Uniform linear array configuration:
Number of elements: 4
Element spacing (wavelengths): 0.25
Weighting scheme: kaiser
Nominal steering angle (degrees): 30
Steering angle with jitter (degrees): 29.186
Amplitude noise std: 0.05
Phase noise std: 0.05

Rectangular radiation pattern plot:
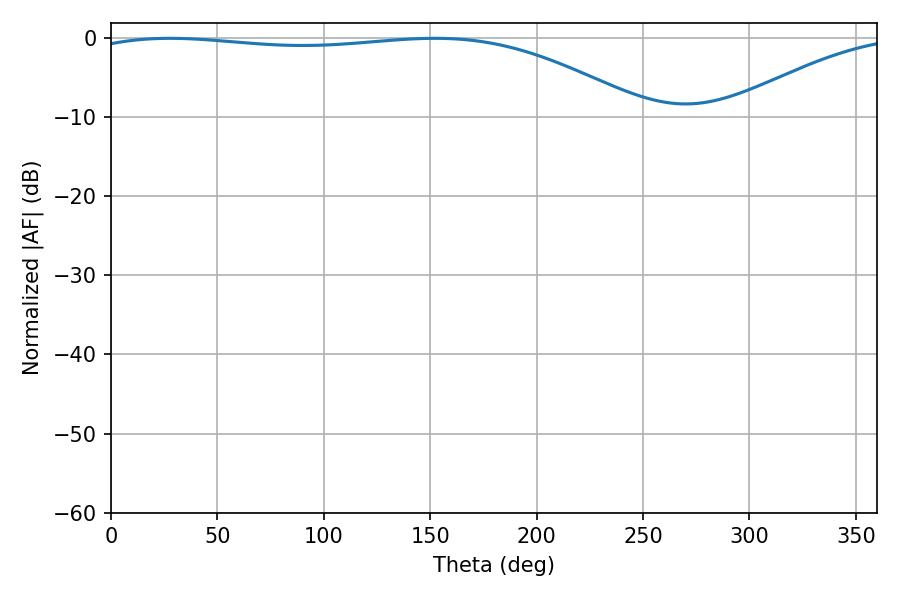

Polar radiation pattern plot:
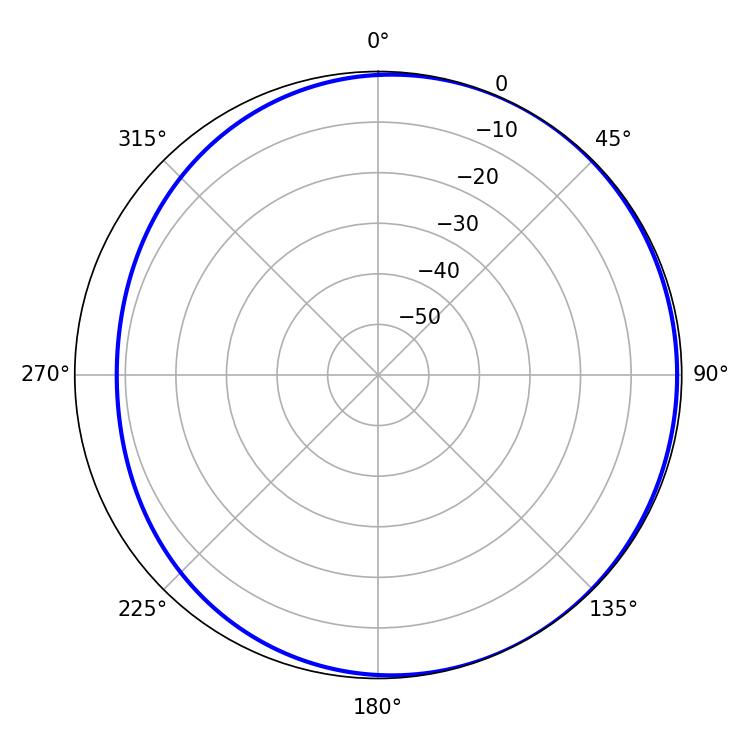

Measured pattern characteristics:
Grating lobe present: FALSE
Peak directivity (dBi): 2.157
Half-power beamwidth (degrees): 209.16
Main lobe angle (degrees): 27.72